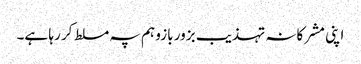
اپنی مشرکانہ تہذیب بزور بازو ہم پہ مسلط کر رہا ہے۔